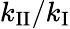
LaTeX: k_{\mathrm{II}}/k_{\mathrm{I}}